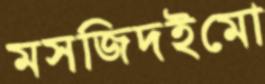
মসজিদইমো